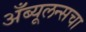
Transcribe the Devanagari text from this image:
अँब्यूलन्सचा